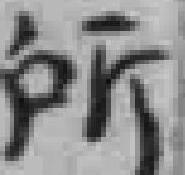
所